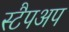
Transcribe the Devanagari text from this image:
स्टैपअप